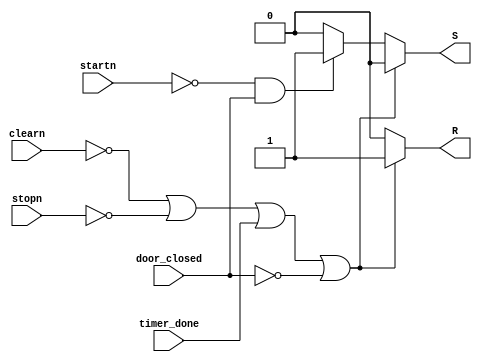
module logicQuest (
    input wire startn, stopn, clearn, door_closed, timer_done, 
    output reg S, R
    );
    
    //||=or && = and
    always @(startn, stopn, clearn, door_closed, timer_done) begin
        if(!clearn || !stopn || timer_done || !door_closed) begin
                S   <= 1'b0;
                R <= 1'b1;
                //mag_on = 0
        end
        else if(!startn && door_closed) begin
                S   <= 1'b1;
                R <= 1'b0;
                //mag_on = 1
        end
        else begin
            S   <= 1'b0;
            R <= 1'b0;
        end
    end

endmodule